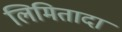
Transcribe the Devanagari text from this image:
लिमितादा